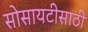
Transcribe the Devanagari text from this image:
सोसायटीसाठी